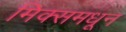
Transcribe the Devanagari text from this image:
मिक्समधून